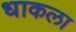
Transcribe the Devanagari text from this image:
धाकला